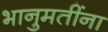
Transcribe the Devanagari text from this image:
भानुमतींना